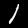
Label: 1